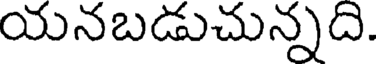
యనబడుచున్నది.